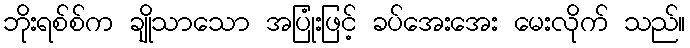
ဘိုးရစ်စ်က ချိုသာသော အပြုံးဖြင့် ခပ်အေးအေး မေးလိုက် သည်။